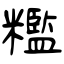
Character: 糮